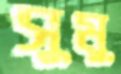
সুমু